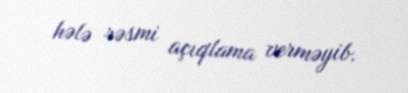
hələ rəsmi açıqlama verməyib.